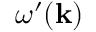
\omega ^ { \prime } ( \mathbf { k } )